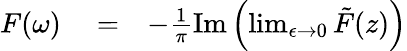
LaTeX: \begin{array}{rlr}{F(\omega)}&{{}=}&{-\frac{1}{\pi}\mathrm{Im}\left(\operatorname*{lim}_{\epsilon\to 0}\tilde{F}(z)\right)}\end{array}